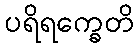
ပရိရက္ခေတိ